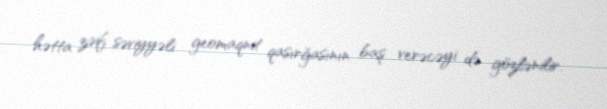
hətta zəif səviyyəli geomaqnit qasırğasının baş verəcəyi də gözlənilir.